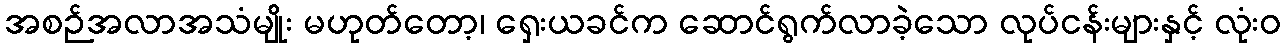
အစဉ်အလာအသံမျိုး မဟုတ်တော့၊ ရှေးယခင်က ဆောင်ရွက်လာခဲ့သော လုပ်ငန်းများနှင့် လုံးဝ